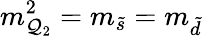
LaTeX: m_{\mathcal{Q}_{2}}^{2}=m_{\tilde{{s}}}=m_{\tilde{{d}}}